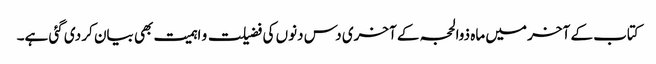
کتاب کے آخر میں ماہ ذوالحجہ کے آخری دس دنوں کی فضیلت و اہمیت بھی بیان کر دی گئی ہے۔